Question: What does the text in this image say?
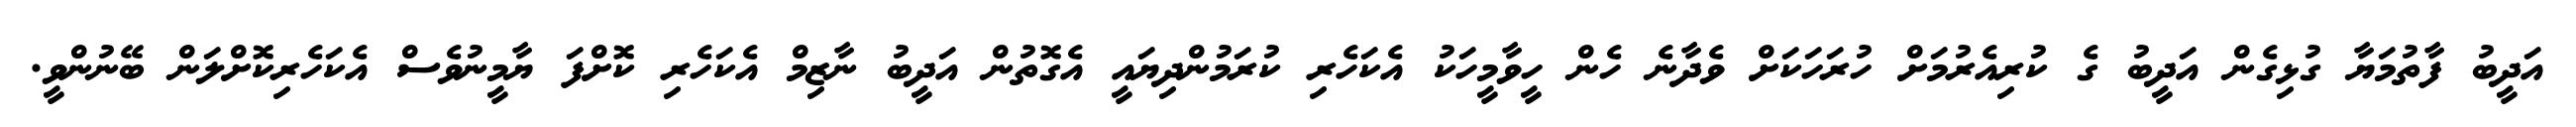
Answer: އަދީބު ފާތުމަޔާ ގުޅިގެން އަދީބު ގެ ކުރިއެރުމަށް ހުރަހަކަށް ވެދާނެ ހެން ހީވާމީހަކު އެކަހެރި ކުރަމުންދިޔައީ އެގޮތުން އަދީބު ނާޒިމް އެކަހެރި ކޮށްފަ ޔާމީނުވެސް އެކަހެރިކޮށްލަން ބޭނުންވީ.